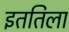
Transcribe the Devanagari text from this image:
इततिला